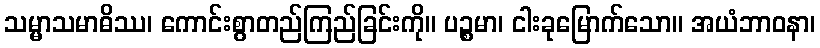
သမ္မာသမာဓိဿ၊ ကောင်းစွာတည်ကြည်ခြင်းကို။ ပဉ္စမာ၊ ငါးခုမြောက်သော။ အယံဘာဝနာ၊